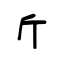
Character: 斤